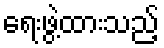
ရေးဖွဲ့ထားသည့်